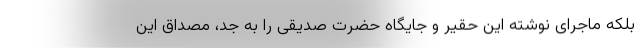
بلکه ماجرای نوشته این حقیر و جایگاه حضرت صدیقی را به جِد، مصداق این